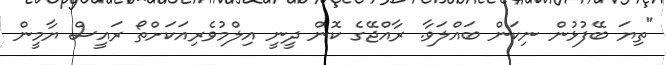
"ތިޔަ ބޭފުޅުން ނިކަން ބައްލަވާ. ރާއްޖޭގެ ކޮން ދީނީ އިލްމުވެރިއަކަށްތޯ ރައީސް ޔާމީން